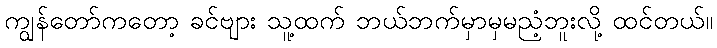
ကျွန်တော်ကတော့ ခင်ဗျား သူ့ထက် ဘယ်ဘက်မှာမှမညံ့ဘူးလို့ ထင်တယ်။